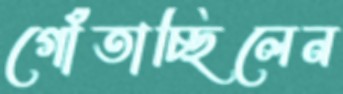
গোঁতাচ্ছিলেন